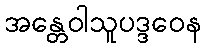
အန္တေဝါသူပဒ္ဒဝေန